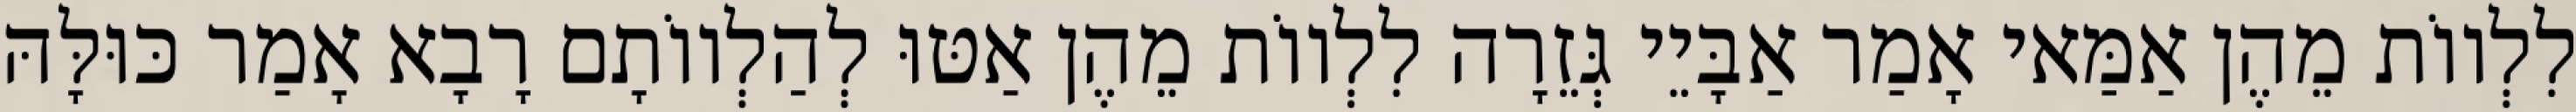
לִלְווֹת מֵהֶן אַמַּאי אָמַר אַבָּיֵי גְּזֵרָה לִלְווֹת מֵהֶן אַטּוּ לְהַלְווֹתָם רָבָא אָמַר כּוּלָּהּ